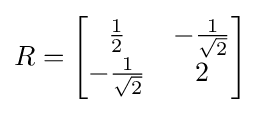
R={\begin{bmatrix}{\frac {1}{2}}&-{\frac {1}{\sqrt {2}}}\\-{\frac {1}{\sqrt {2}}}&2\end{bmatrix}}